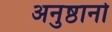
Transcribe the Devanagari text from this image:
अनुष्ठानो